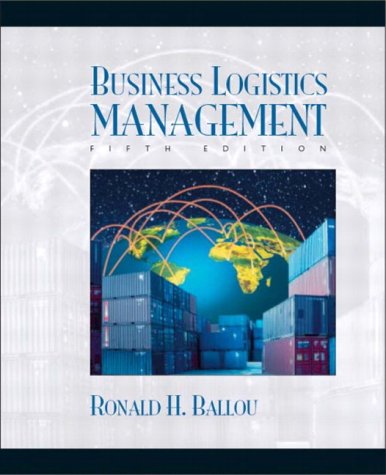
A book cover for Business Logistics: Supply Chain Management; Ronald H. Ballou; Business & Money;